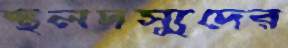
স্থলদস্যুদের